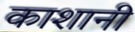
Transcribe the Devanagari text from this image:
काशानी